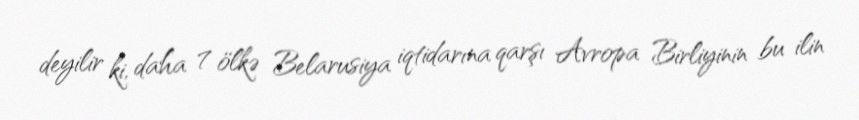
deyilir ki, daha 7 ölkə Belarusiya iqtidarına qarşı Avropa Birliyinin bu ilin